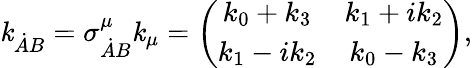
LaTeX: \mathit{k}_{\dot{{A}}B}=\sigma_{\dot{{A}}B}^{\mu}\mathit{k}_{\mu}=\left(\begin{array}{cc}{{k_{0}+k_{3}}}&{{k_{1}+ik_{2}}}\\ {{k_{1}-ik_{2}}}&{{k_{0}-k_{3}}}\end{array}\right),